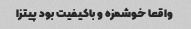
واقعا خوشمزه و باکیفیت بود پیتزا